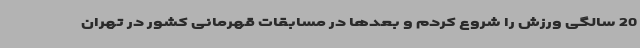
20 سالگی ورزش را شروع کردم و بعدها در مسابقات قهرمانی کشور در تهران